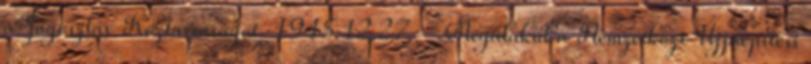
a Jugoszláv Köztársaságot. 1945.12.27. - Megalakul a Nemzetközi Újjáépítési